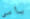
ياأمي